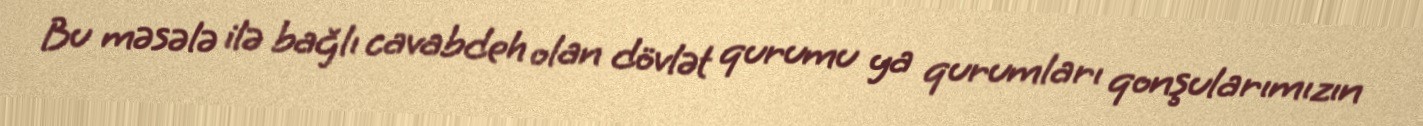
Bu məsələ ilə bağlı cavabdeh olan dövlət qurumu ya qurumları qonşularımızın